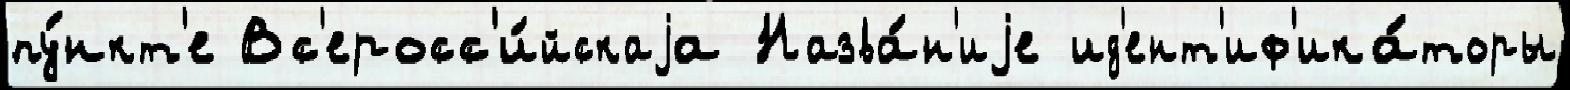
пу́нкт'е Вс'еросс'и́йскаjа Назва́н'иjе ид'ент'иф'ика́торы